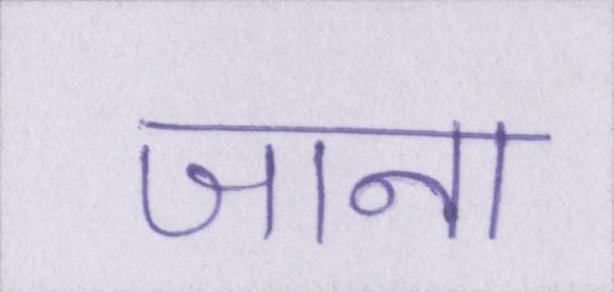
जाना